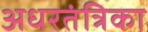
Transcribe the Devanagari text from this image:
अधरतंत्रिका